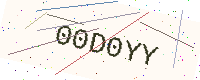
Text: 00D0YY